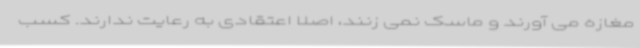
مغازه می آورند و ماسک نمی زنند، اصلا اعتقادی به رعایت ندارند. کسب